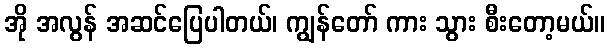
အို အလွန် အဆင်ပြေပါတယ်၊ ကျွန်တော် ကား သွား စီးတော့မယ်။